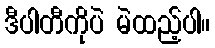
ဒီပါတီကိုပဲ မဲထည့်ပါ။